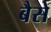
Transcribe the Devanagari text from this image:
बैसे